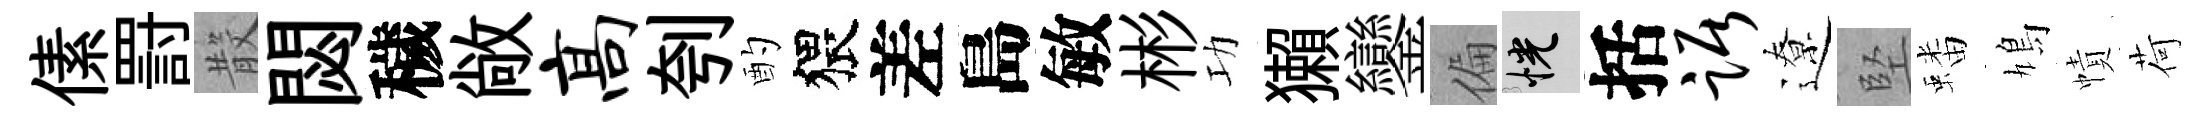
傃罸𣪚閟穢敞高刳酌猥差島敏彬功獺鑾偏恍括踞遼堅蟠鳩幘荷